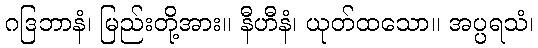
ဂဒြဘာနံ၊ မြည်းတို့အား။ နီဟီနံ၊ ယုတ်ထသော။ အပ္ပရသံ၊